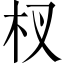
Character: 杈